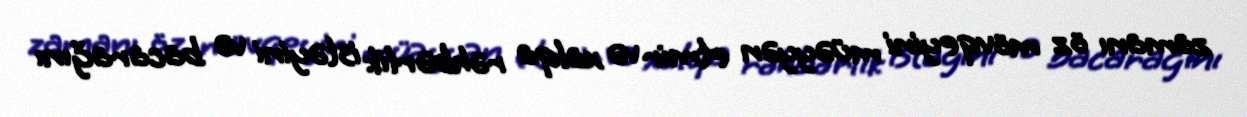
zamanı öz mövqeyini müəyyən etmir və xalqa rəhbərlik istəyini və bacarağını